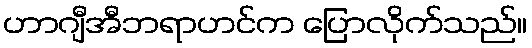
ဟာဂျီအီဘရာဟင်က ပြောလိုက်သည်။